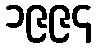
၁၉၉၄